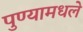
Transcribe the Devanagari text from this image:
पुण्यामधले